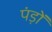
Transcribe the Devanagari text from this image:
पंड़ों